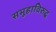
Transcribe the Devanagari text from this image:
समूहाविरुद्ध